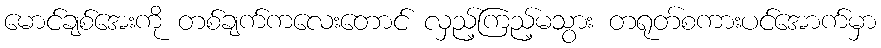
မောင်ချစ်အေးကို တစ်ချက်ကလေးတောင် လှည့်ကြည့်မသွား တရုတ်စကားပင်အောက်မှာ